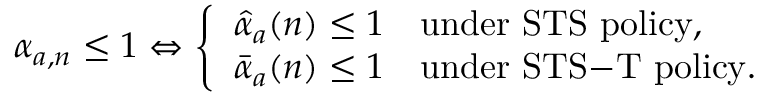
\begin{array} { r } { \alpha _ { a , n } \leq 1 \Leftrightarrow \left\{ \begin{array} { l l } { \hat { \alpha } _ { a } ( n ) \leq 1 } & { \mathrm { u n d e r ~ \mathrm { S T S } ~ p o l i c y } , } \\ { \bar { \alpha } _ { a } ( n ) \leq 1 } & { \mathrm { u n d e r ~ \mathrm { S T S } \mathrm { - } \mathrm { T } ~ p o l i c y } . } \end{array} \right. } \end{array}